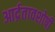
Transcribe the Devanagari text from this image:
आर्द्रतावशोषी